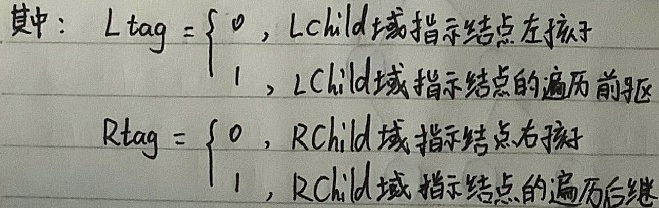
其中：
\[
Ltag =
\begin{cases}
0, & \text{LChild域指示结点左孩子} \\
1, & \text{LChild域指示结点的遍历前驱}
\end{cases}
\quad
Rtag =
\begin{cases}
0, & \text{RChild域指示结点右孩子} \\
1, & \text{RChild域指示结点的遍历后继}
\end{cases}
\]